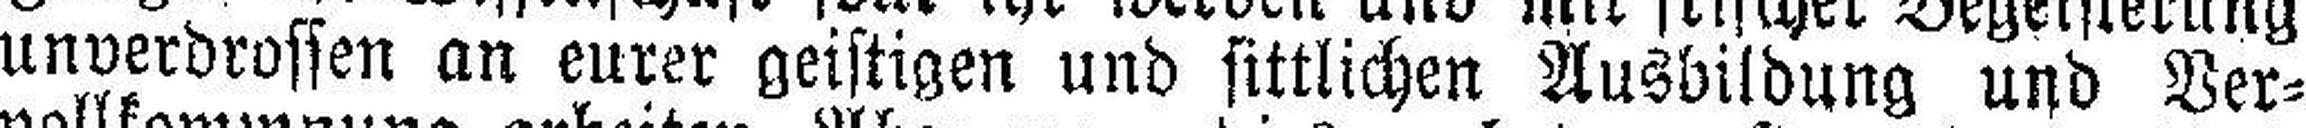
unverdrossen an eurer geistigen und sittlichen Ausbildung und Ver¬